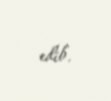
edib.